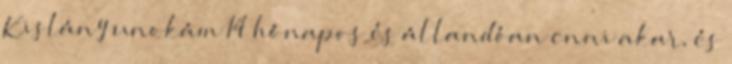
Kislány unokám 14 hónapos és állandóan enni akar, és